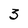
Character: 3